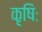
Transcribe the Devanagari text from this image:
कृषिः